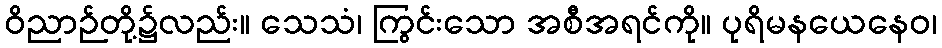
ဝိညာဉ်တို့၌လည်း။ သေသံ၊ ကြွင်းသော အစီအရင်ကို။ ပုရိမနယေနေဝ၊